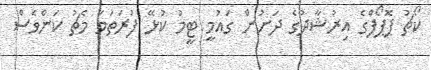
ކޯޗު ޕޮޕޯފްގެ އިރުޝާދުގެ ދަށުން ގައުމީ ޓީމު ކުޅޭ ފުރަތަމަ މެޗު ކަންވެސް